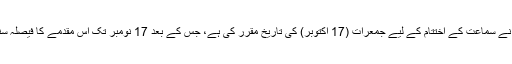
سپریم کورٹ کے ججوں نے سماعت کے اختتام کے لیے جمعرات (17 اکتوبر) کی تاریخ مقرر کی ہے، جس کے بعد 17 نومبر تک اس مقدمے کا فیصلہ سنائے جانے کا امکان ہے۔